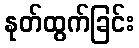
နုတ်ထွက်ခြင်း